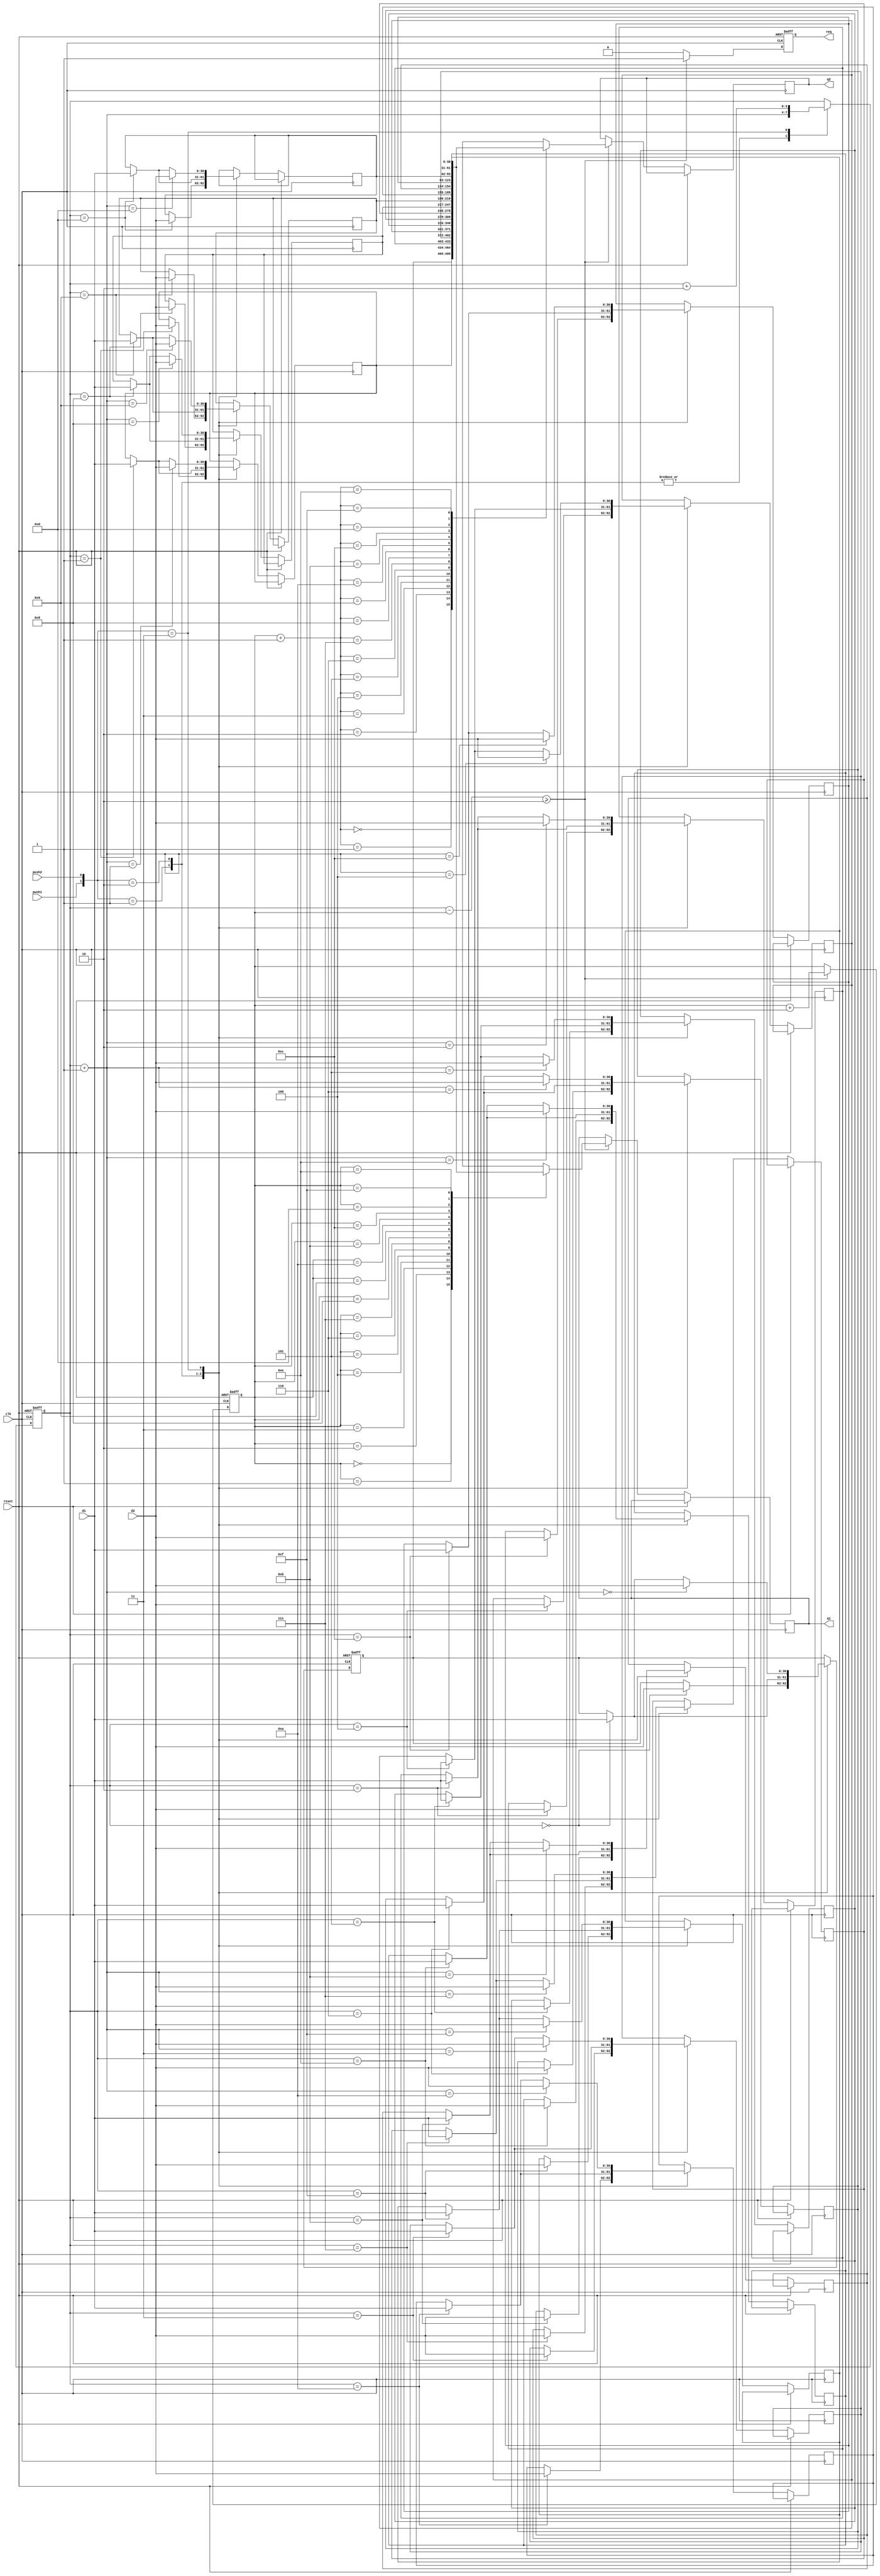
module fifo_2 #(
    parameter D_WIDTH = 31,
    parameter BUFF_WIDTH = 4
) (
    input clk,
    input reset,
    input push1, push2,
    input [D_WIDTH-1: 0] d1, d2,
    output [D_WIDTH-1: 0] q1, q2,
    output reg req
);
    reg [D_WIDTH-1: 0] data[(1 << BUFF_WIDTH) - 1: 0];

    reg [BUFF_WIDTH-1:0] head, tail;
    wire [BUFF_WIDTH-1:0] head_next, tail_next;
    
    assign head_next = head + 1'b1,
            tail_next = tail + 1'b1;

    wire [BUFF_WIDTH-1:0] distance;
    assign distance = head - tail;

    always @(posedge clk or posedge reset) begin
        if (reset) begin
            tail <= 0;
            head <= 0;
            data[0] <= 0;
            req <= 1'b0;
        end else begin
            if (distance >= 2) begin
                tail <= tail + 2'b10;
                q1 <= data[tail];
                q2 <= data[tail_next];
                req <= 1'b1;
            end else begin
                req <= 1'b0;
            end

            case ({push1, push2})
                2'b01: begin
                    data[head] <= d2;
                    head <= head_next;
                end 
                2'b10: begin
                    data[head] <= d1;
                    head <= head_next;
                end
                2'b11: begin
                    data[head] <= d1;
                    data[head_next] <= d2;
                    head <= head + 2'b10;
                end
                default: begin
                    
                end 
            endcase
        end
    end
endmodule